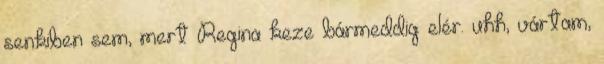
senkiben sem, mert Regina keze bármeddig elér. uhh, vártam,